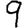
Digit: 9